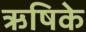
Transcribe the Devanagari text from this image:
ऋषिके